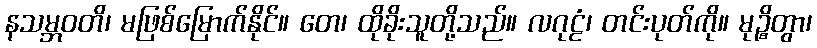
နသမ္ဘဝတိ၊ မဖြစ်မြောက်နိုင်။ တေ၊ ထိုခိုးသူတို့သည်။ လဂုဠံ၊ တင်းပုတ်ကို။ မုဉ္စိတွာ၊